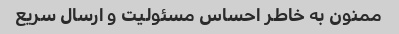
ممنون به خاطر احساس مسئولیت و ارسال سریع